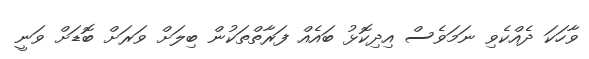
ވާހަކަ ދެއްކެވި ނަމަވެސް އިދިކޮޅު ބައެއް ފަރާތްތަކުން ބިލަށް ވަރަށް ބޮޑަށް ވަނީ